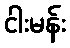
ငါးမန်း